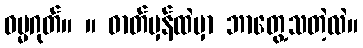
ဓမ္မဂုတ်။ ။ ဓာတ်မှန်ထဲမှာ ဘာတွေ့သတဲ့လဲ။